Scottish Leaving Certificate Examination, 1957
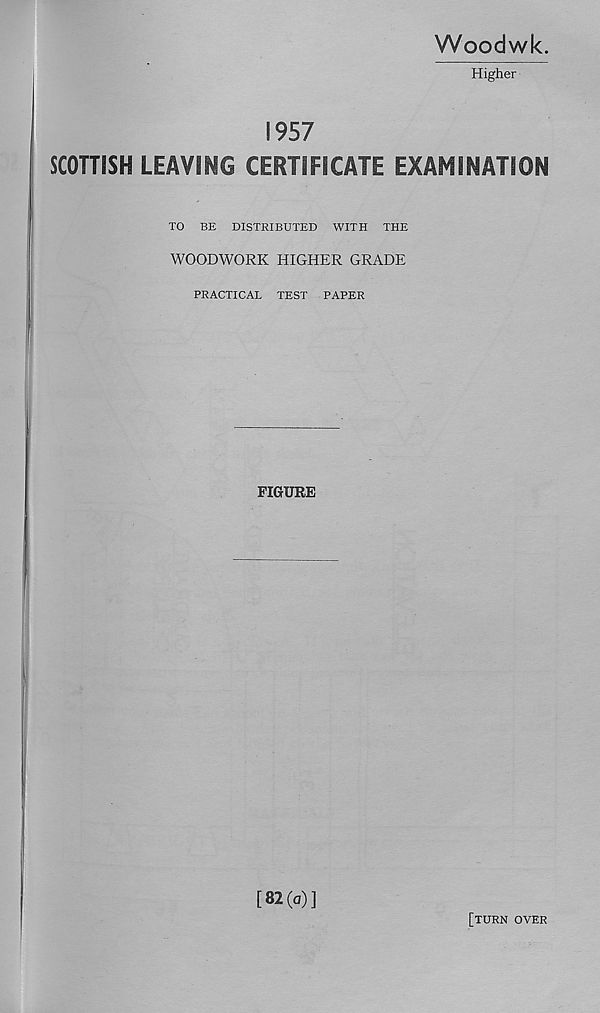
Woodwk.
Higher
1957
SCOTTISH LEAVING CERTIFICATE EXAMINATION
TO BE DISTRIBUTED WITH THE
WOODWORK HIGHER GRADE
PRACTICAL TEST PAPER
FIGURE
I
[82(a)]
[TURN OVER